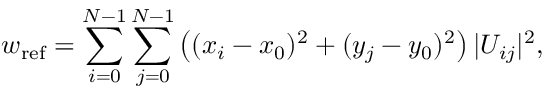
w _ { \mathrm { r e f } } = \sum _ { i = 0 } ^ { N - 1 } \sum _ { j = 0 } ^ { N - 1 } \left( ( x _ { i } - x _ { 0 } ) ^ { 2 } + ( y _ { j } - y _ { 0 } ) ^ { 2 } \right) | U _ { i j } | ^ { 2 } ,